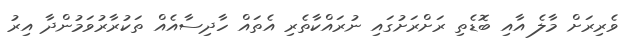
ވެރިރަށް މާލެ އާއި ބޮޑެތި ރަށްރަށުގައި ނުރައްކާތެރި އެތައް ހާދިސާއެއް ތަކުރާރުވަމުންދާ އިރު